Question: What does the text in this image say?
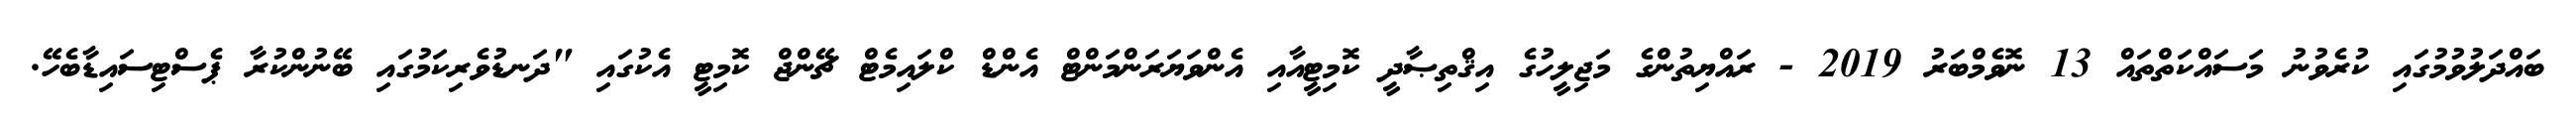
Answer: ބައްދަލުވުމުގައި ކުރެވުނު މަސައްކަތްތައް 13 ނޮވެމްބަރު 2019 - ރައްޔިތުންގެ މަޖިލީހުގެ އިޤްތިޞާދީ ކޮމިޓީއާއި އެންވަޔަރަންމަންޓް އެންޑް ކްލައިމެޓް ޗޭންޖް ކޮމިޓީ އެކުގައި "ދަނޑުވެރިކަމުގައި ބޭނުންކުރާ ޕެސްޓިސައިޑާބެހޭ.